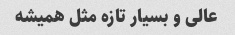
عالی و بسیار تازه مثل همیشه